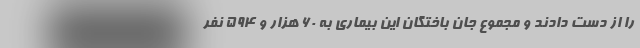
را از دست دادند و مجموع جان باختگان این بیماری به ۶۰ هزار و ۵۹۴ نفر